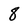
Character: 8